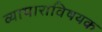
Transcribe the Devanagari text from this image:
व्यापाराविषयक